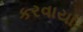
કરવાયા